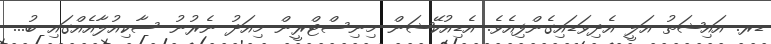
ޑރ. އައިޝަތު އަލީ އެދިވަޑައިގެންފިއެވެ. އެޑިއުކޭޝަން މިނިސްޓްރީން މިއަދު ނެރުނު ސާކިއުލާއެއްގައި ބު...